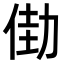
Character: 𠡬